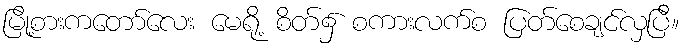
မြို့စားကတော်လေး မေရို့ စိတ်၌ စကားလက်စ ပြတ်စေချင်လှပြီ။